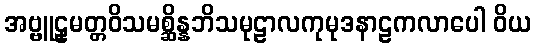
အဗ္ဗူဠှမတ္တဝိသမစ္ဆိန္နဘိသမုဠာလကုမုဒနာဠကလာပေါ ဝိယ